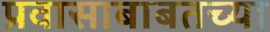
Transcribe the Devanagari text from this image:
प्रवासाबाबतच्या